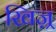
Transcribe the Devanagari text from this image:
खिज़्र